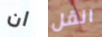
ان انقل